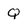
Character: q